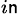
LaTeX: _{i\mathsf{n}}